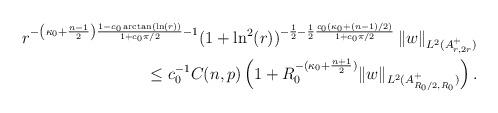
LaTeX: \begin{align*}r^{- \left(\kappa_0 + \frac{n-1}{2} \right) \frac{1-c_0\arctan(\ln(r))}{1 + c_0 \pi/2} -1} (1+\ln^2(r))^{-\frac{1}{2}-\frac{1}{2}\frac{c_0(\kappa_0+(n-1)/2)}{1+c_0\pi/2}} \left\|w \right\|_{L^2(A_{r, 2r}^+)} \\\leq c_0^{-1}C(n,p)\left(1+R_0^{-(\kappa_0+\frac{n+1}{2})}\|w\|_{L^2(A_{R_0/2,R_0}^+)}\right).\end{align*}